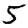
Digit: 5